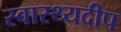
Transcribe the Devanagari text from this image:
स्वास्थ्यदीप